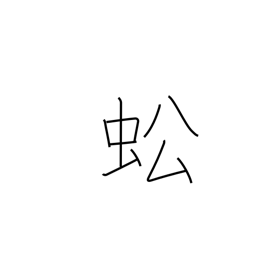
Meaning: grasshopper